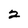
Character: 2